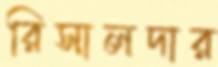
রিসালদার